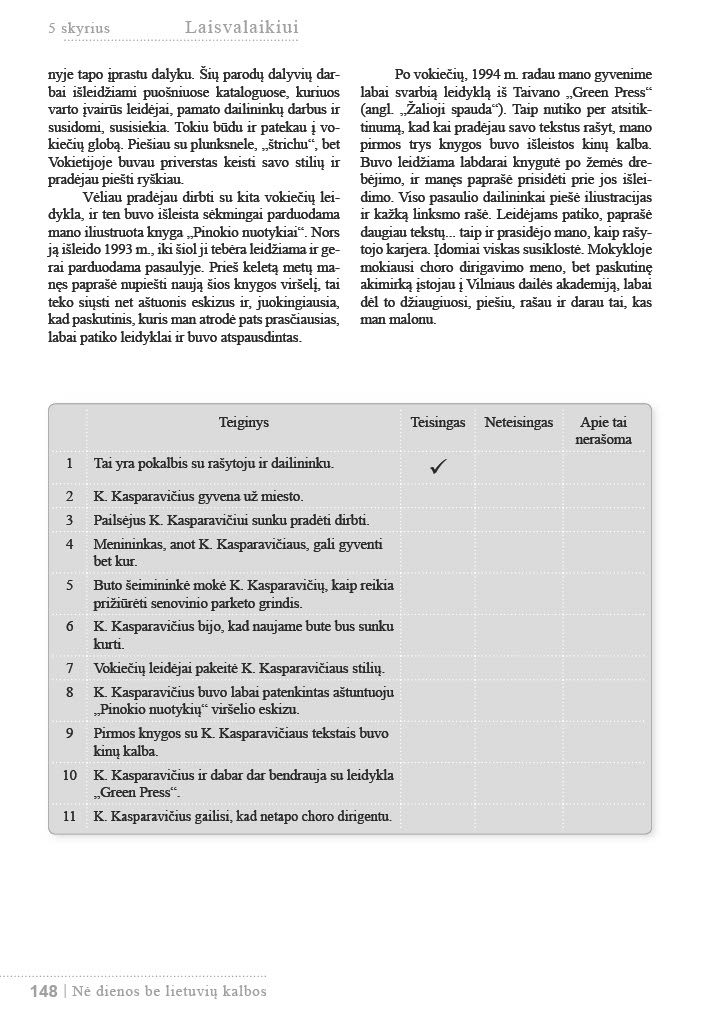
Language: lt